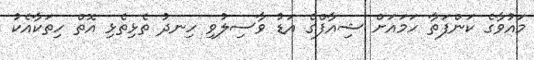
މައުވާގެ ކަންފަތާ ހަމައަށް ޝިއާފްގެ އަޑު ވާސިލުވި ހިނދު ތެޅިތެޅި އޮތް ހިތަކާއެކު